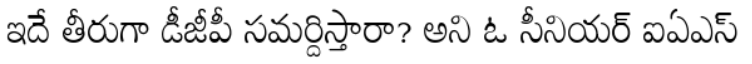
ఇదే తీరుగా డీజీపీ సమర్దిస్తారా? అని ఓ సీనియర్ ఐఏఎస్